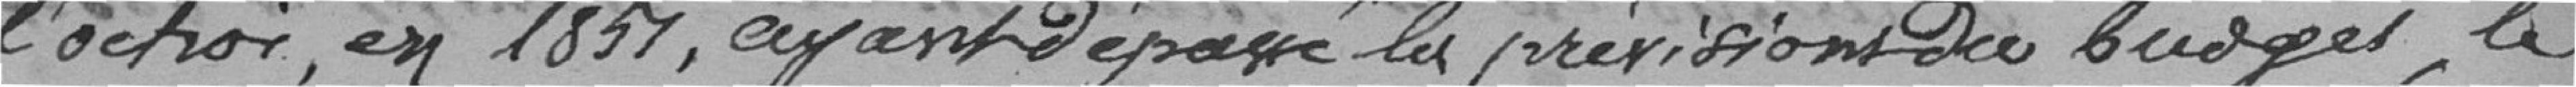
l'octroi, en 1857, ayant dépassé les prévisions du budget, le